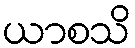
ယာစသိ